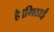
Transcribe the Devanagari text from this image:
है।मिठाई